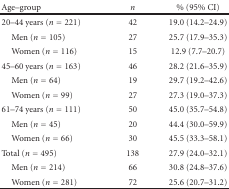
| Age–group | n | % (95% CI) |
 | --- | --- | --- |
 | 20–44 years (n = 221) | 42 | 19.0 (14.2–24.9) |
 | Men (n = 105) | 27 | 25.7 (17.9–35.3) |
 | Women (n = 116) | 15 | 12.9 (7.7–20.7) |
 | 45–60 years (n = 163) | 46 | 28.2 (21.6–35.9) |
 | Men (n = 64) | 19 | 29.7 (19.2–42.6) |
 | Women (n = 99) | 27 | 27.3 (19.0–37.3) |
 | 61–74 years (n = 111) | 50 | 45.0 (35.7–54.8) |
 | Men (n = 45) | 20 | 44.4 (30.0–59.9) |
 | Women (n = 66) | 30 | 45.5 (33.3–58.1) |
 | Total (n = 495) | 138 | 27.9 (24.0–32.1) |
 | Men (n = 214) | 66 | 30.8 (24.8–37.6) |
 | Women (n = 281) | 72 | 25.6 (20.7–31.2) |